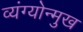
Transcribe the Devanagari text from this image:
व्यंग्योन्मुख